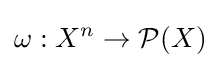
\omega :X^{n}\rightarrow {\mathcal {P}}(X)